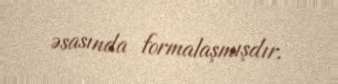
əsasında formalaşmışdır.